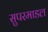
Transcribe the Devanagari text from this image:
सुपरमाडल